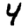
Digit: 4